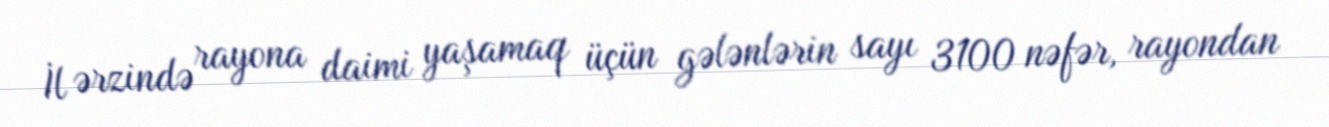
İl ərzində rayona daimi yaşamaq üçün gələnlərin sayı 3100 nəfər, rayondan